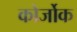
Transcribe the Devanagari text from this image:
कोर्जोक